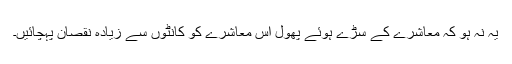
یہ نہ ہو کہ معاشرے کے سڑے ہوئے پھول اس معاشرے کو کانٹوں سے زیادہ نقصان پہچائیں۔